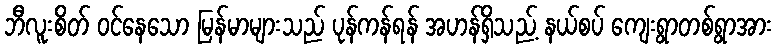
ဘီလူးစိတ် ဝင်နေသော မြန်မာများသည် ပုန်ကန်ရန် အဟန်ရှိသည့် နယ်စပ် ကျေးရွာတစ်ရွာအား